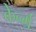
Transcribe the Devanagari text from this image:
केर्न्ग्र